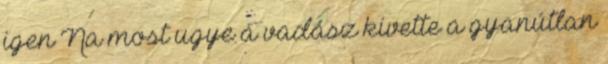
igen Na most ugye a vadász kivette a gyanútlan